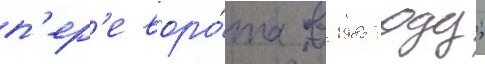
п'ер'еворо́та в 1985 году;